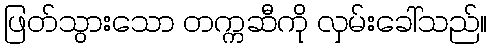
ဖြတ်သွားသော တက္ကဆီကို လှမ်းခေါ်သည်။